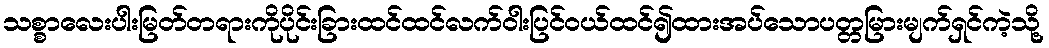
သစ္စာလေးပါးမြတ်တရားကိုပိုင်းခြားထင်ထင်လက်ဝါးပြင်ဝယ်ထင်၍ထားအပ်သောပတ္တမြားမျက်ရှင်ကဲ့သို့